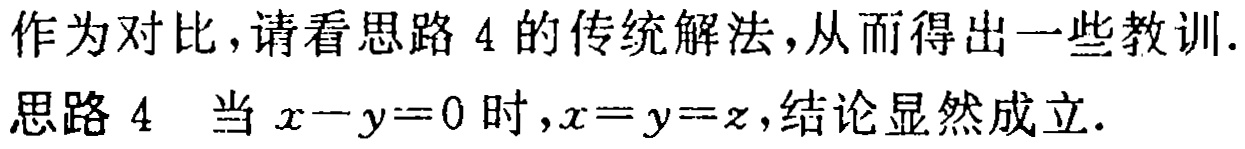
作为对比，请看思路 4 的传统解法，从而得出一些教训.
思路 4 当 \(x - y = 0\) 时，\(x = y = z\)，结论显然成立.